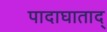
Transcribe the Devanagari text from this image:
पादाघाताद्